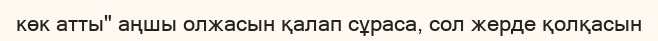
көк атты" аңшы олжасын қалап сұраса, сол жерде қолқасын